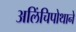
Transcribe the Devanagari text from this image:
अलिंचिपोथाने